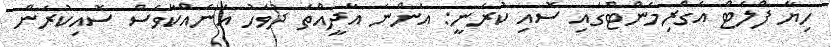
ހިޔާ ފްލެޓް އެގްރިމެންޓްގައި ސޮއި ކުރަނީ: އަންނަ އާދީއްތަ ދުވަހު އަނެއްކާވެސް ސޮއިކުރަން